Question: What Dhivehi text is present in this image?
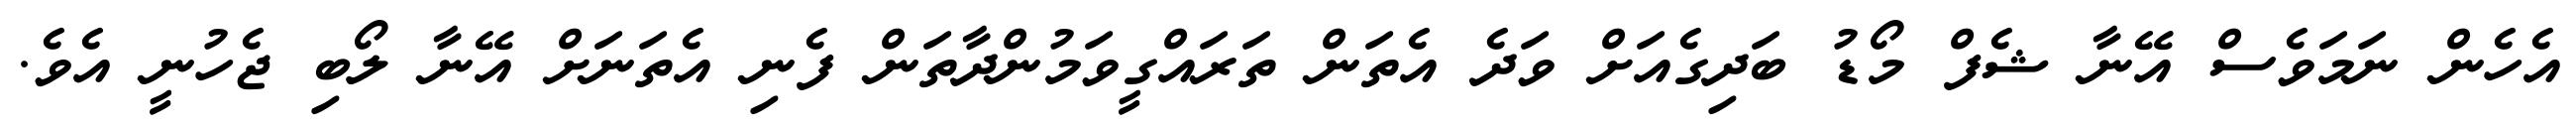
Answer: އެހެން ނަމަވެސް އޭނާ ޝެފް މޯޑު ބަދިގެއަށް ވަދެ އެތަން ތަރައްގީވަމުންދާތަން ފެނި އެތަނަށް އޭނާ ލޯބި ޖެހުނީ އެވެ.